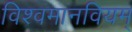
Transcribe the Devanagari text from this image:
विश्वमानवियम्